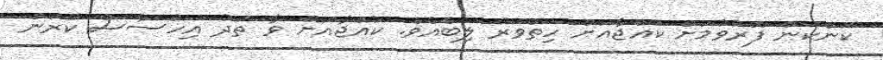
ކަންކަން ފޮރުވުމަށް ކުއްޖާއަށް ހިތްވަރު ލިބެއެވެ. ކުއްޖާއަށް ވާ ތަދު އިހުސާސް ކުރަން